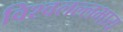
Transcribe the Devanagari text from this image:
विश्वलल्लभाय